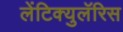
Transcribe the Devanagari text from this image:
लेंटिक्युलॅरिस